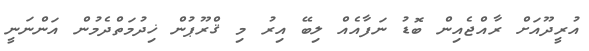
އުރީދޫއަށް ރާއްޖެއިން ބޮޑު ނަފާއެއް ލިބޭ އިރު މި ޤްރޫޕުން ޚިދުމަތްދެމުން އަންނަނީ